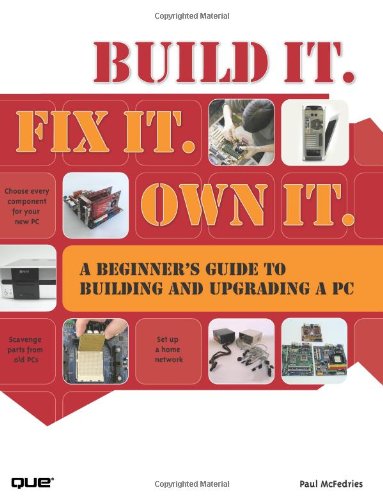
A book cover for Build It. Fix It. Own It: A Beginner's Guide to Building and Upgrading a PC; Paul McFedries; Computers & Technology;